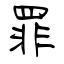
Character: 罪